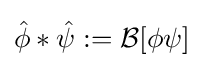
{\hat {\phi }}*{\hat {\psi }}:={\mathcal {B}}[\phi \psi ]